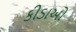
કીડાઓ